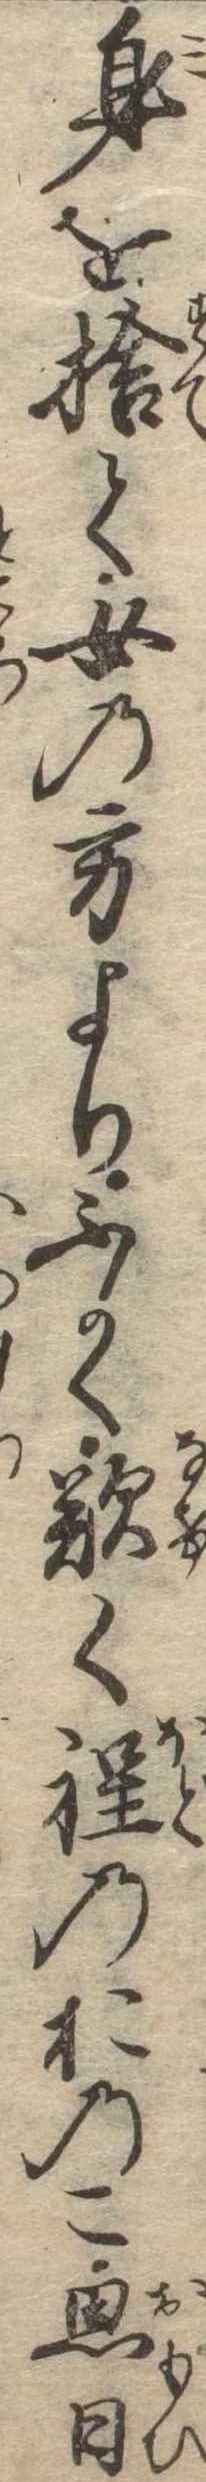
身を捨て女の方よりふかく歎く程のおのこ思日